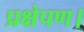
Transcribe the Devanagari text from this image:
प्रक्षेपण।